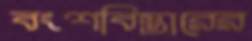
বংশবিস্তারের